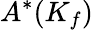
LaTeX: A^{*}(K_{f})